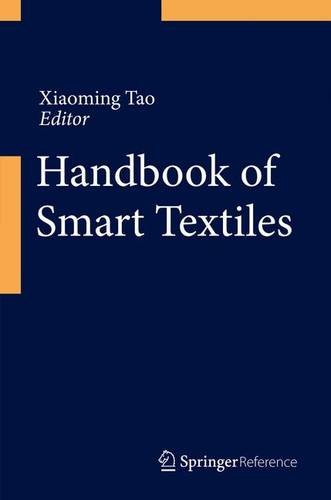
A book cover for Handbook of Smart Textiles; Science & Math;